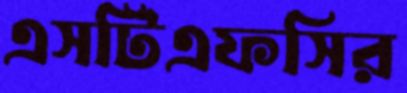
এসটিএফসির